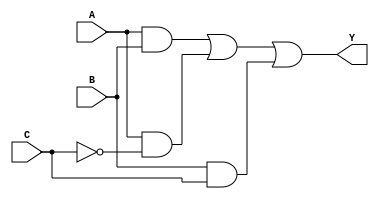
module sop_simplification (
    input wire A,  // Input A
    input wire B,  // Input B
    input wire C,  // Input C
    output wire Y  // Output Y
);

// Intermediate signals for product terms
wire and1, and2, and3;
wire notC;

// NOT gate for C
not (notC, C);

// AND gates for product terms
and (and1, A, B);          // Term: A * B
and (and2, A, notC);      // Term: A * !C
and (and3, B, C);         // Term: B * C

// OR gate to combine product terms
or (Y, and1, and2, and3); // Y = (A * B) + (A * !C) + (B * C)

endmodule